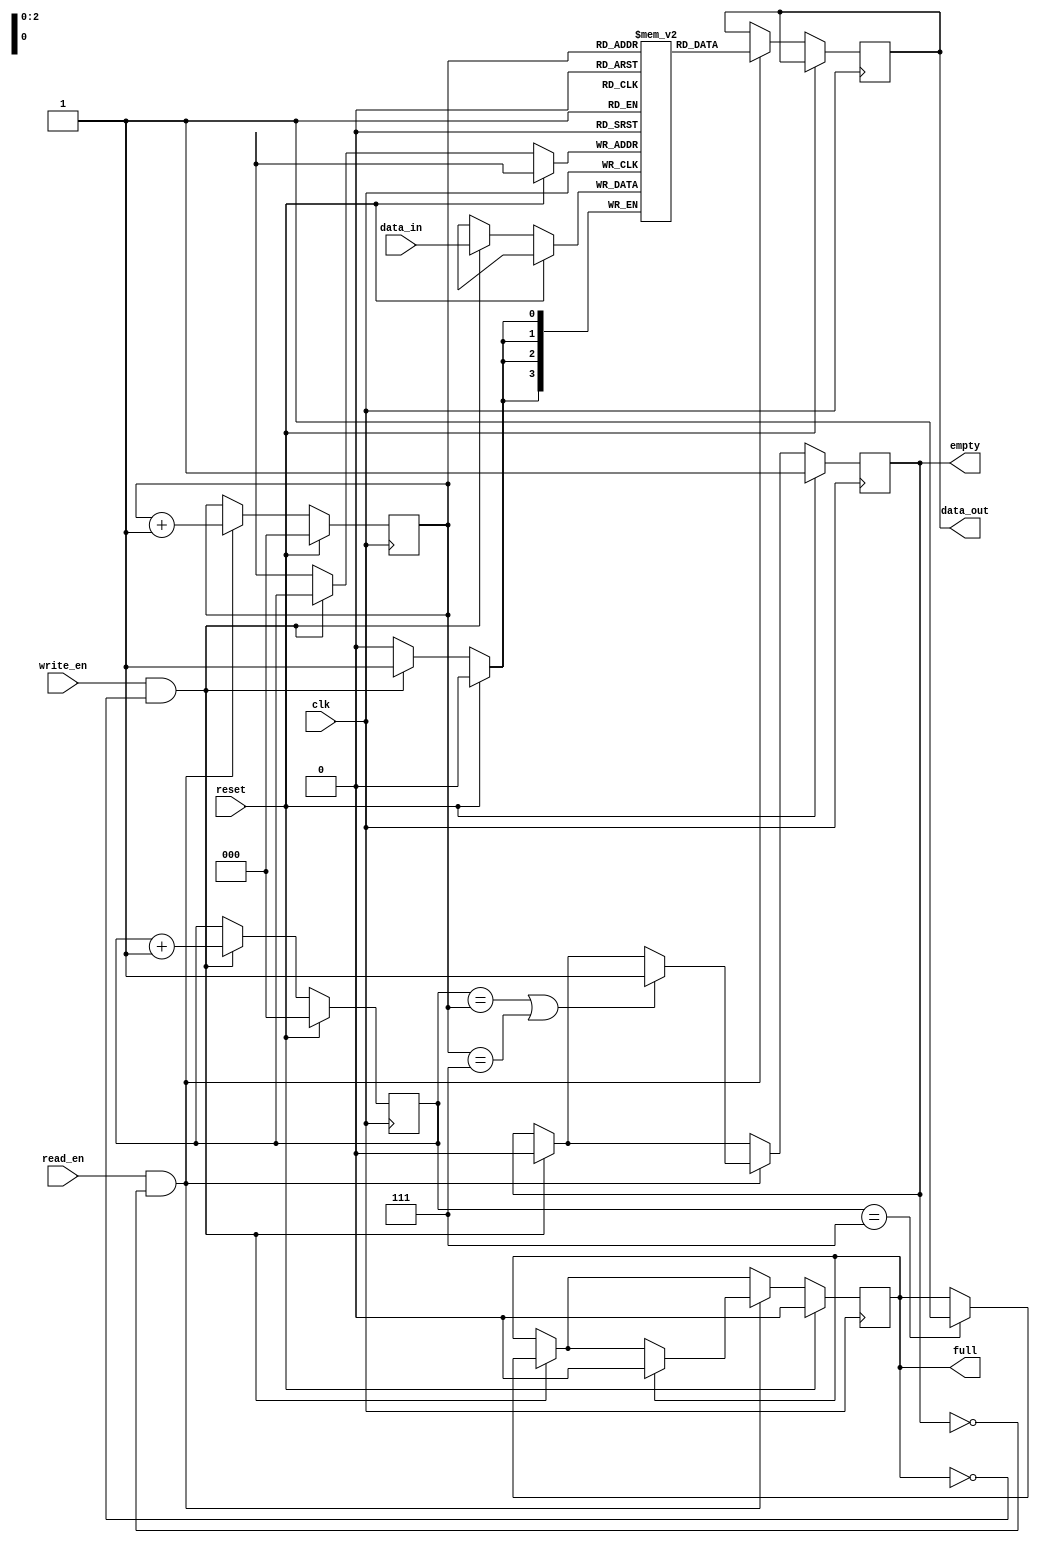
module fifo (
    input wire clk,
    input wire reset,
    input wire write_en,
    input wire read_en,
    input wire [3:0] data_in,
    output reg [3:0] data_out,
    output reg full,
    output reg empty
);

parameter DEPTH = 8;
reg [3:0] memory [0:DEPTH-1];
reg [2:0] write_ptr, read_ptr;

always @(posedge clk) begin
    if (reset) begin
        write_ptr <= 0;
        read_ptr <= 0;
        full <= 0;
        empty <= 1;
    end else begin
        if (write_en && !full) begin
            memory[write_ptr] <= data_in;
            write_ptr <= write_ptr + 1;
            if (write_ptr == DEPTH - 1)
                full <= 1;
            if (empty)
                empty <= 0;
        end
        
        if (read_en && !empty) begin
            data_out <= memory[read_ptr];
            read_ptr <= read_ptr + 1;
            if (write_ptr == read_ptr || read_ptr == DEPTH - 1)
                empty <= 1;
            if (full)
                full <= 0;
        end
    end
end

endmodule